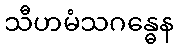
သီဟမံသဂန္ဓေန